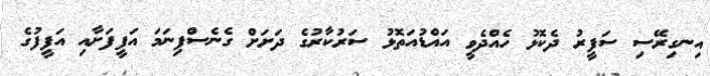
އިނގިރޭސި ސަފީރު ދެކޮޅު ހެއްދެވީ އައްޑުއަތޮޅު ސަރުކާރުގެ ދަށަށް ގެނެސްފިނަމަ އަފީފަށާއި އަފީފުގެ